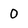
Character: 0